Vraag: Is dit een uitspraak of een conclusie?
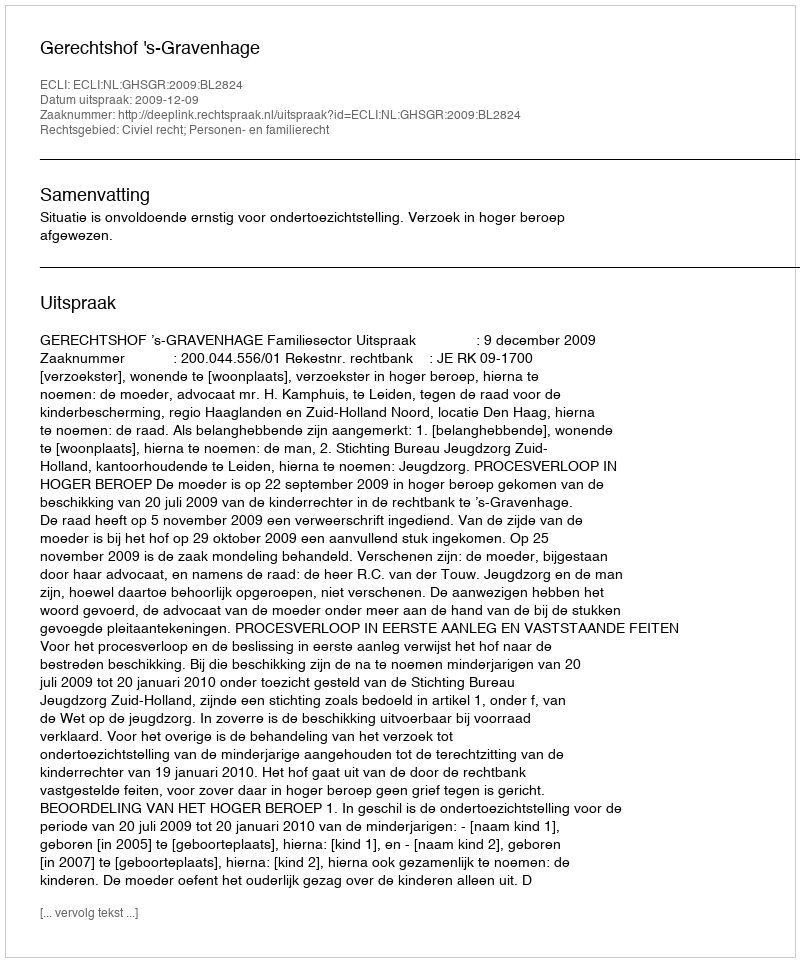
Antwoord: Uitspraak